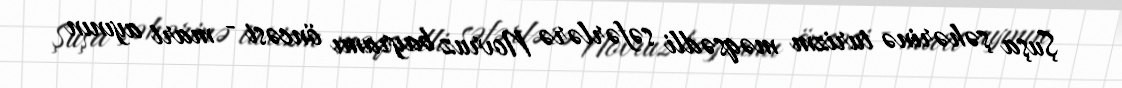
Şuşa şəhərinə turizm məqsədli səfərlərə Novruz bayramı öncəsi - mart ayının